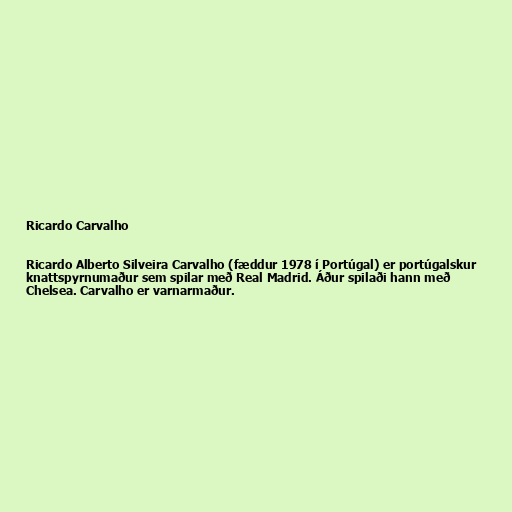
Ricardo Carvalho

Ricardo Alberto Silveira Carvalho (fæddur 1978 í Portúgal) er portúgalskur
knattspyrnumaður sem spilar með Real Madrid. Áður spilaði hann með
Chelsea. Carvalho er varnarmaður.